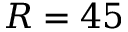
R = 4 5